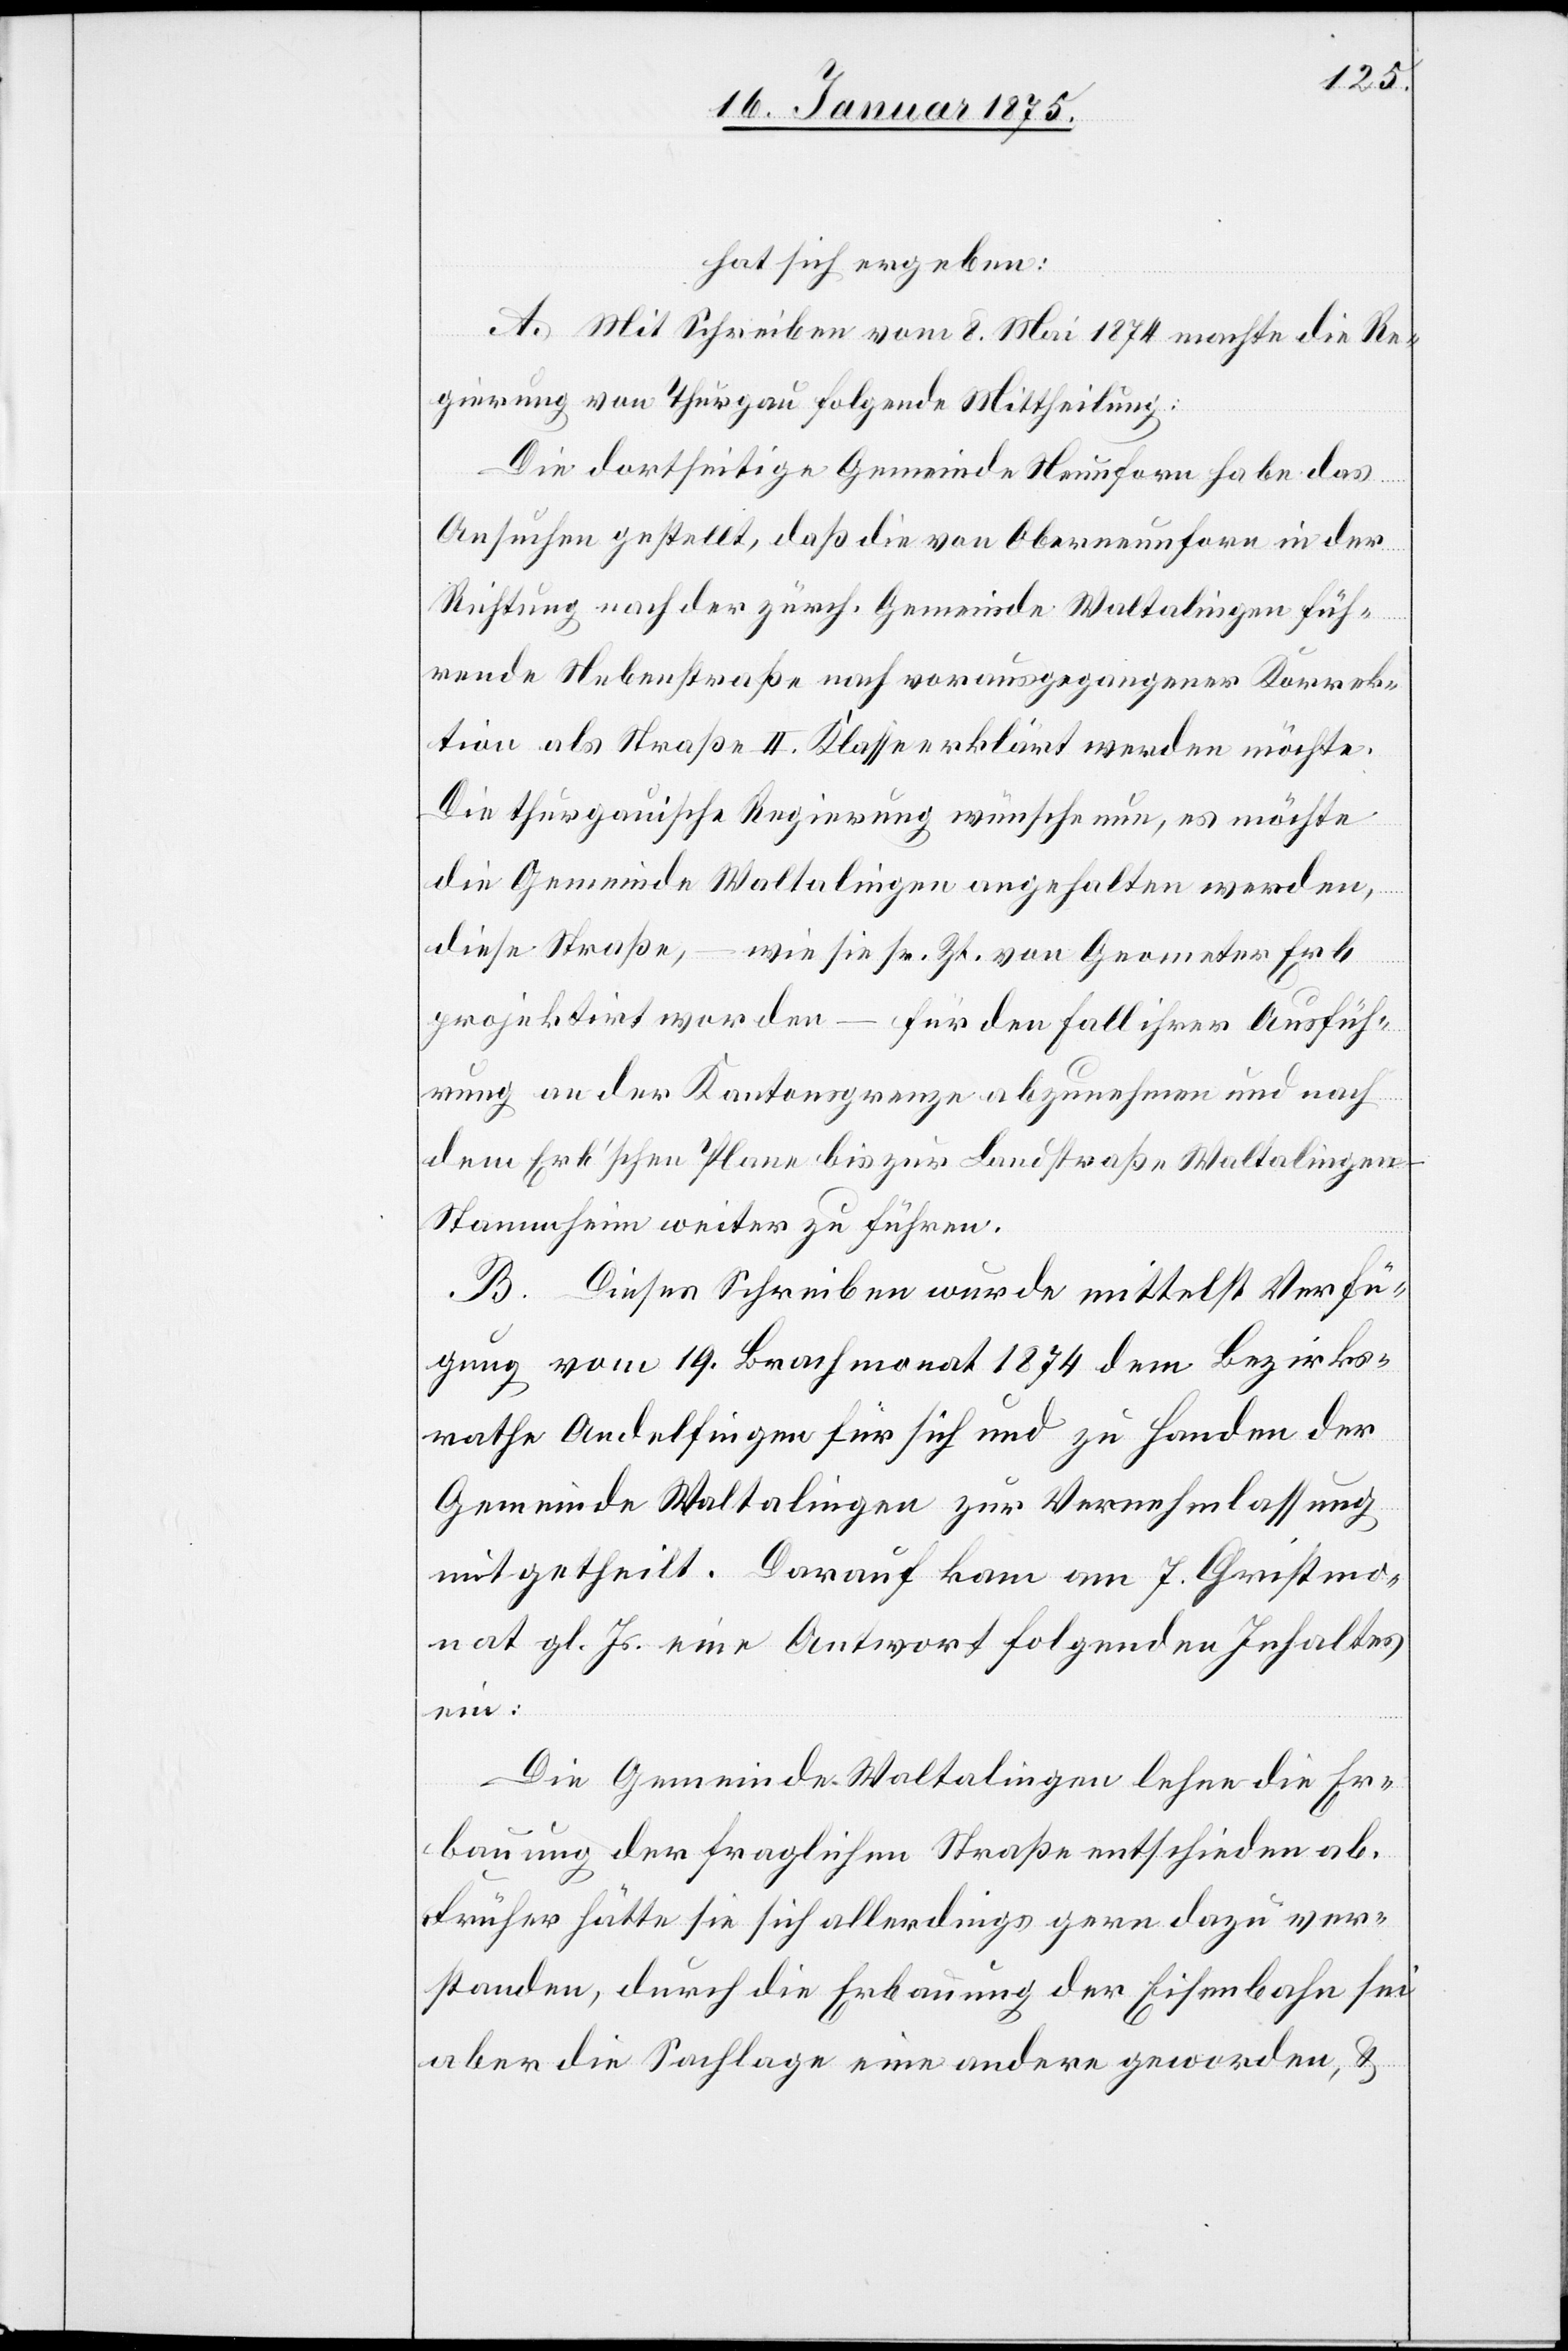
hat sich ergeben:
A. Mit Schreiben vom 8. Mai 1874 machte die Re¬
gierung von Thurgau folgende Mittheilung:
Die dortseitige Gemeinde Neunforn habe das
Ansuchen gestellt, daß die von Oberneunforn in der
Richtung nach der zürch. Gemeinde Waltalingen füh¬
rende Nebenstraße nach vorausgegangener Korrek¬
tion als Straße II. Klasse erklärt werden möchte.
Die thurgauische Regierung wünsche nun, es möchte
die Gemeinde Waltalingen angehalten werden,
diese Straße, – wie sie sr. Zt. von Geometer Erb
projektirt worden – für den Fall ihrer Ausfüh¬
rung an der Kantonsgrenze abzunehmen und nach
dem Erb’schen Plane bis zur Landstraße Waltalingen-S¬
tammheim weiter zu führen.
B. Dieses Schreiben wurde mittelst Verfü¬
gung vom 19. Brachmonat 1874 dem Bezirks¬
rathe Andelfingen für sich und zu Handen der
Gemeinde Waltalingen zur Vernehmlassung
mitgetheilt. Darauf kam am 7. Christmo¬
nat gl. Js. eine Antwort folgenden Inhaltes
ein:
Die Gemeinde Waltalingen lehne die Er¬
bauung der fraglichen Straße entschieden ab.
Früher hätte sie sich allerdings gern dazu ver¬
standen, durch die Erbauung der Eisenbahn sei
aber die Sachlage eine andere geworden, &